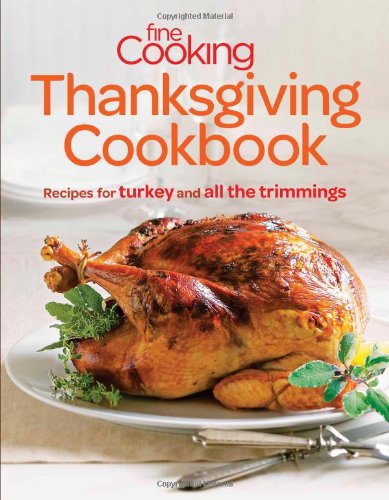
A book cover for Fine Cooking Thanksgiving Cookbook: Recipes for Turkey and All the Trimmings; Editors of Fine Cooking; Cookbooks, Food & Wine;